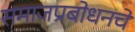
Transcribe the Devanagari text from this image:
समाजप्रबोधनचे